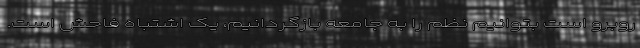
روبرو است بتوانیم نظم را به جامعه بازگردانیم، یک اشتباه فاحش است.